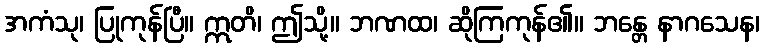
အကံသု၊ ပြုကုန်ပြီ။ ဣတိ၊ ဤသို့။ ဘဏထ၊ ဆိုကြကုန်၏။ ဘန္တေ နာဂသေန၊